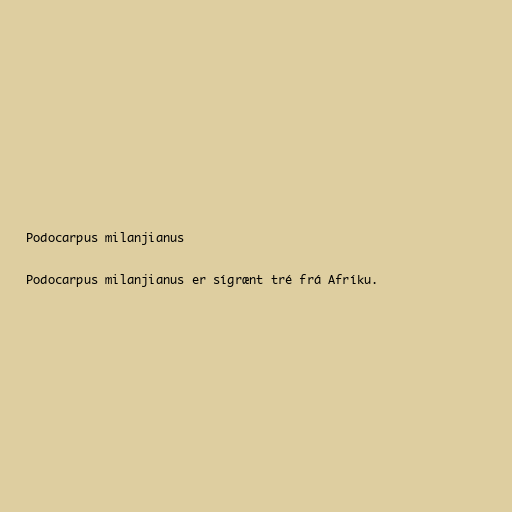
Podocarpus milanjianus

Podocarpus milanjianus er sígrænt tré frá Afríku.